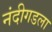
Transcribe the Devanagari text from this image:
नंदीगडला